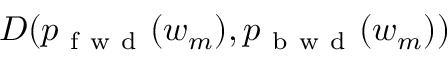
{ \cal D } ( p _ { \mathrm { ~ f ~ w ~ d ~ } } ( w _ { m } ) , p _ { \mathrm { ~ b ~ w ~ d ~ } } ( w _ { m } ) )